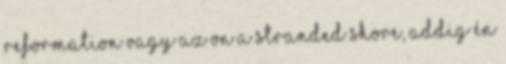
Reformation vagy az On A Stranded Shore, addig én